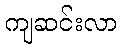
ကျဆင်းလာ